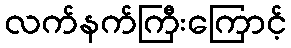
လက်နက်ကြီးကြောင့်